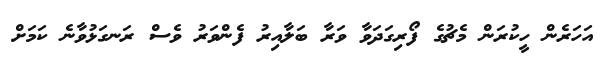
އަހަރެން ހީކުރަން މެޗުގެ ފޯރިގަދަވާ ވަރާ ބަލާއިރު ފެންވަރު ވެސް ރަނގަޅުވާނެ ކަމަށް